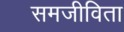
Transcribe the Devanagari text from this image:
समजीविता